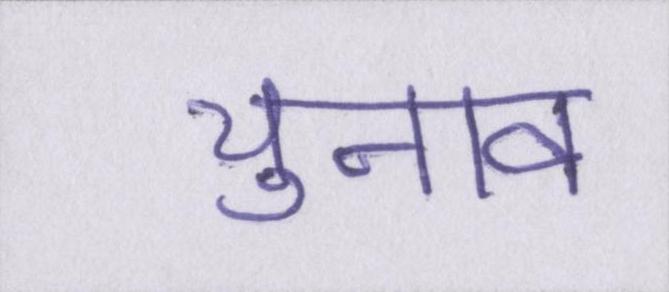
चुनाव